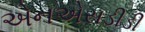
એનએસડીડી